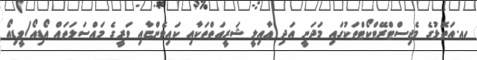
ހއ.އަތޮޅުގެ މެޖިސްޓްރޭޓްކޯޓްތަކުގައި މަދަނީ އަދި ޢާއިލީ ޝަރީޢަތްތަކާއި ކައިވެންޏާއި ވަރީގެ މައްސަލަތައް އޯޑިއޯ/ވީޑިއޯ